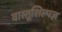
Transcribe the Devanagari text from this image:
वास्तूशिल्पज्ञ